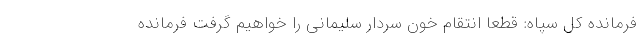
فرمانده کل سپاه: قطعا انتقام خون سردار سلیمانی را خواهیم گرفت فرمانده